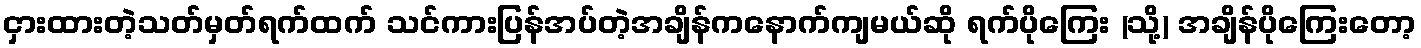
ငှားထားတဲ့သတ်မှတ်ရက်ထက် သင်ကားပြန်အပ်တဲ့အချိန်ကနောက်ကျမယ်ဆို ရက်ပိုကြေး (သို့) အချိန်ပိုကြေးတော့